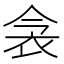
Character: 衾